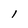
Character: 1